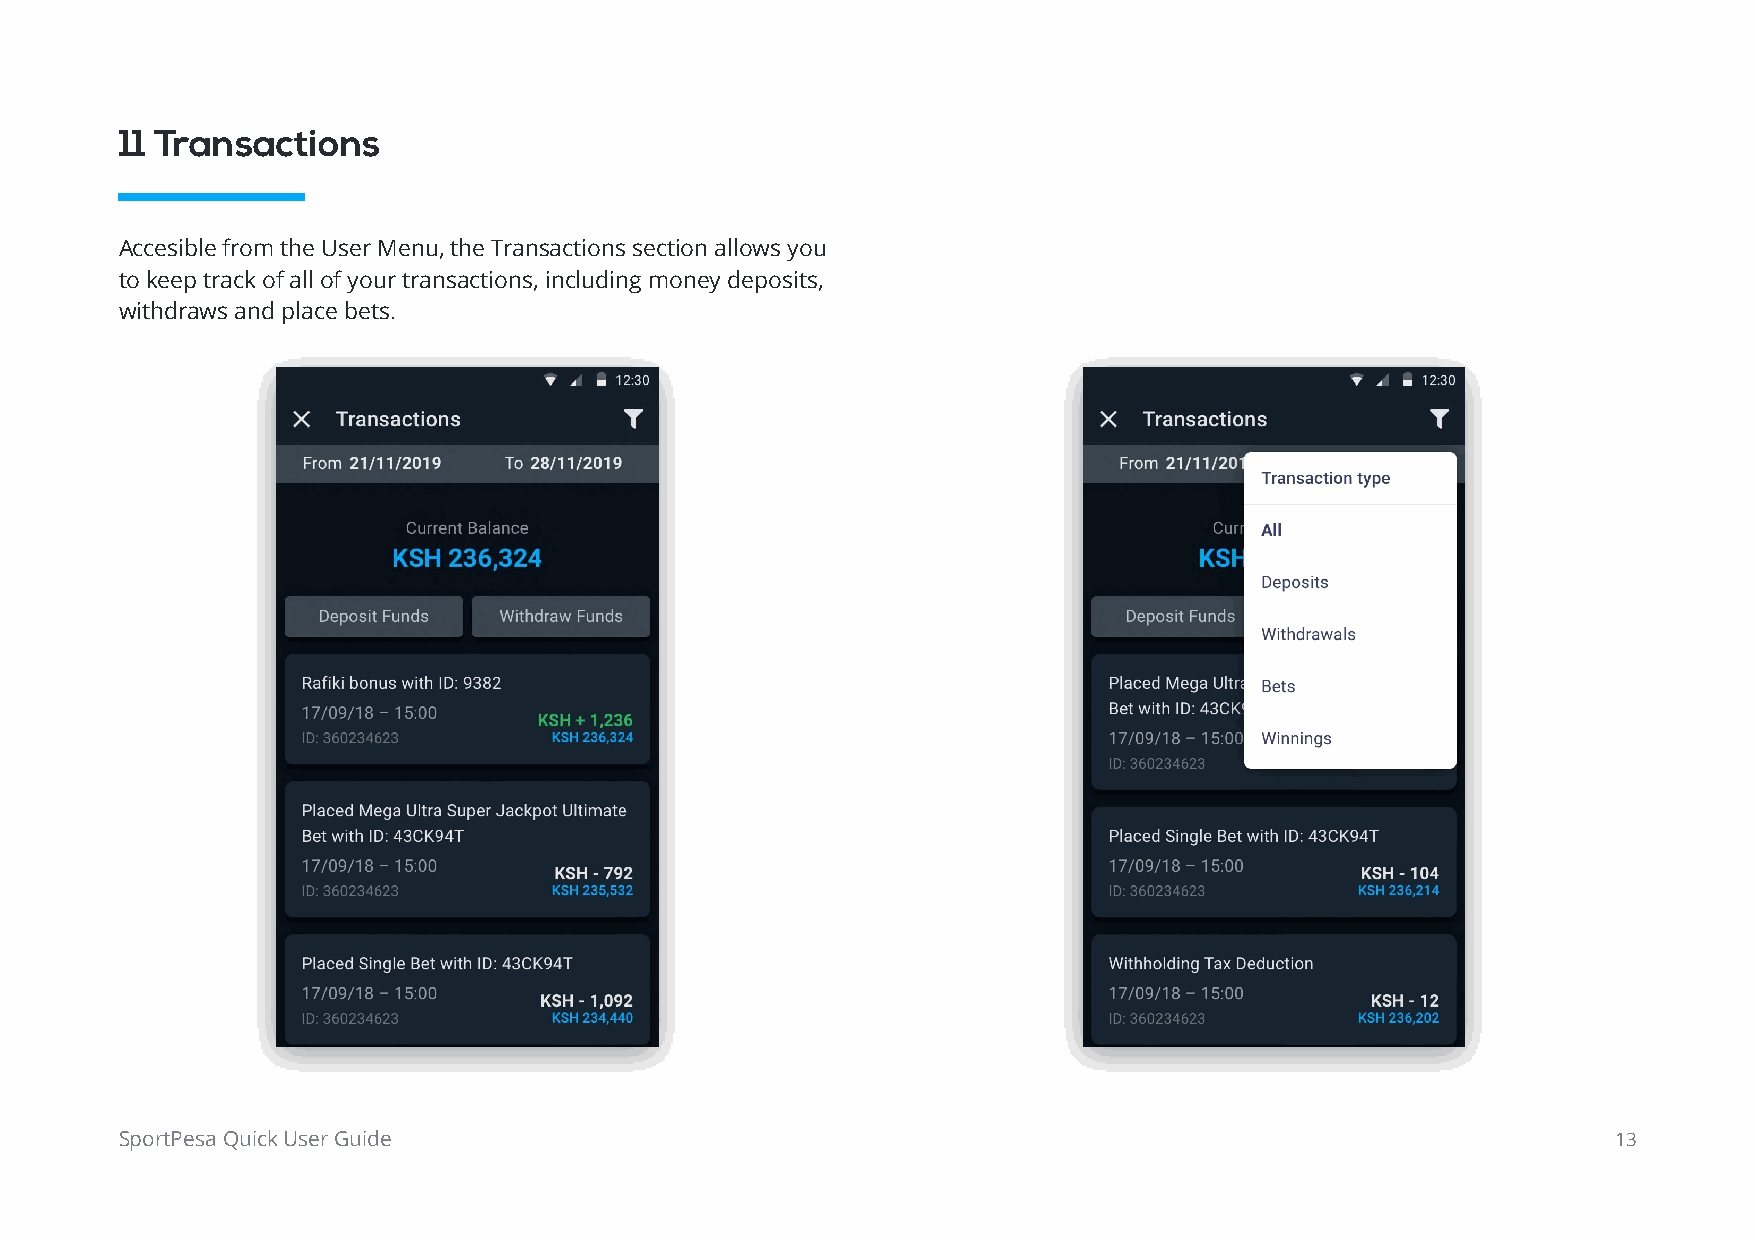
11 Transactions
 Accesible from the User Menu, the Transactions section allows you
 to keep track of all of your transactions, including money deposits,
 withdraws and place bets.
 SportPesa Quick User Guide                                                                         13